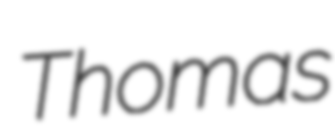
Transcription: Thomas